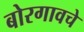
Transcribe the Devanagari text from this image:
बोरगावचे